Leaving Certificate Examination, 1903
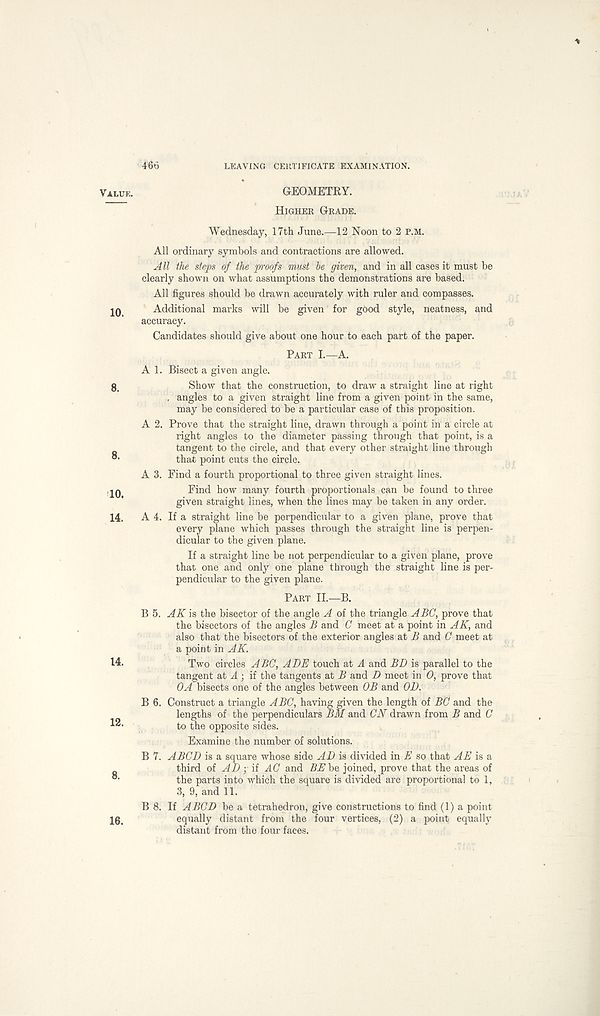
Value.
10.
8.
8.
10.
14.
14.
12.
8.
16.
466
LEAVING CEKTIFICATE EXAMINATION.
GEOMETRY.
Higher Grade.
Wednesday, 17th June.—12 Noon to 2 p.m.
All ordinary symbols and contractions are allowed.
All the steps of the p'oofs must be given, and in all cases it must be
clearly shown on what assumptions the demonstrations are based.
All figures should be drawn accurately with ruler and compasses.
Additional marks will be given for good style, neatness, and
accuracy.
Candidates should give about one hour to each part of the paper.
Part I.—A.
A 1. Bisect a given angle.
Show that the construction, to draw a straight line at right
. angles to a given straight line from a given point in the same,
may be considered to be a particular case of this proposition.
A 2. Prove that the straight line, drawn through a point in a circle at
right angles to the diameter passing through that point, is a
tangent to the circle, and that every other straight line through
that point cuts the circle.
A 3. Find a fourth proportional to three given straight lines.
Find how many fourth proportionals can be found to three
given straight lines, when the lines may be taken in any order.
A 4. If a straight line be perpendicular to a given plane, prove that
every plane which passes through the straight line is perpen-
dicular to the given plane.
If a straight line be not perpendicular to a given plane, prove
that one and only one plane through the straight line is per-
pendicular to the given plane.
Part II.—B.
B 5. AK is the bisector of the angle A of the triangle ABC, prove that
the bisectors of the angles B and C meet at a point in AK, and
also that the bisectors of the exterior angles at B and C meet at
a point in AK.
Two circles ABC, ADE touch at A and BD is parallel to the
tangent at A ; if the tangents at B and B meet in 0, prove that
OA bisects one of the angles between OB and 01).
B 6. Construct a triangle ABC, having given the length of BC and the
lengths of the perpendiculars BM and GW drawn from B and C
to the opposite sides.
Examine the number of solutions.
B 7. ABCD is a square whose side AD is divided in E so that AE is a
third of AD y it AC and BE he, joined, prove that the areas of
the parts into which the square is divided are proportional to 1,
3, 9, and 11.
B 8. If ABCD be a tetrahedron, give constructions to find (1) a point
equally distant from the four vertices, (2) a point equally
distant from the four faces.